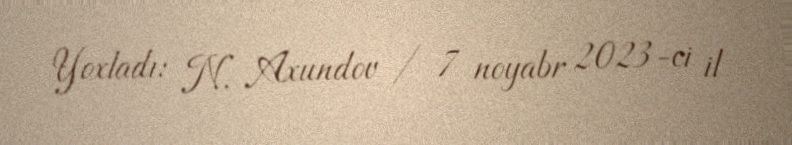
Yoxladı: N. Axundov / 7 noyabr 2023-ci il